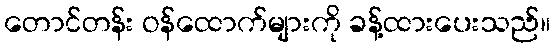
တောင်တန်း ဝန်ထောက်များကို ခန့်ထားပေးသည်။